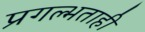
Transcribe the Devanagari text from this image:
प्रगल्भताही